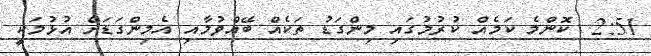
2:51  ކޮންމެ ކަމެއް ކުރުމުގައި މިންގަޑު ތަކެއް ބޭއްވުމާއި އެމިންގަޑަށް އުޅުމަކީ